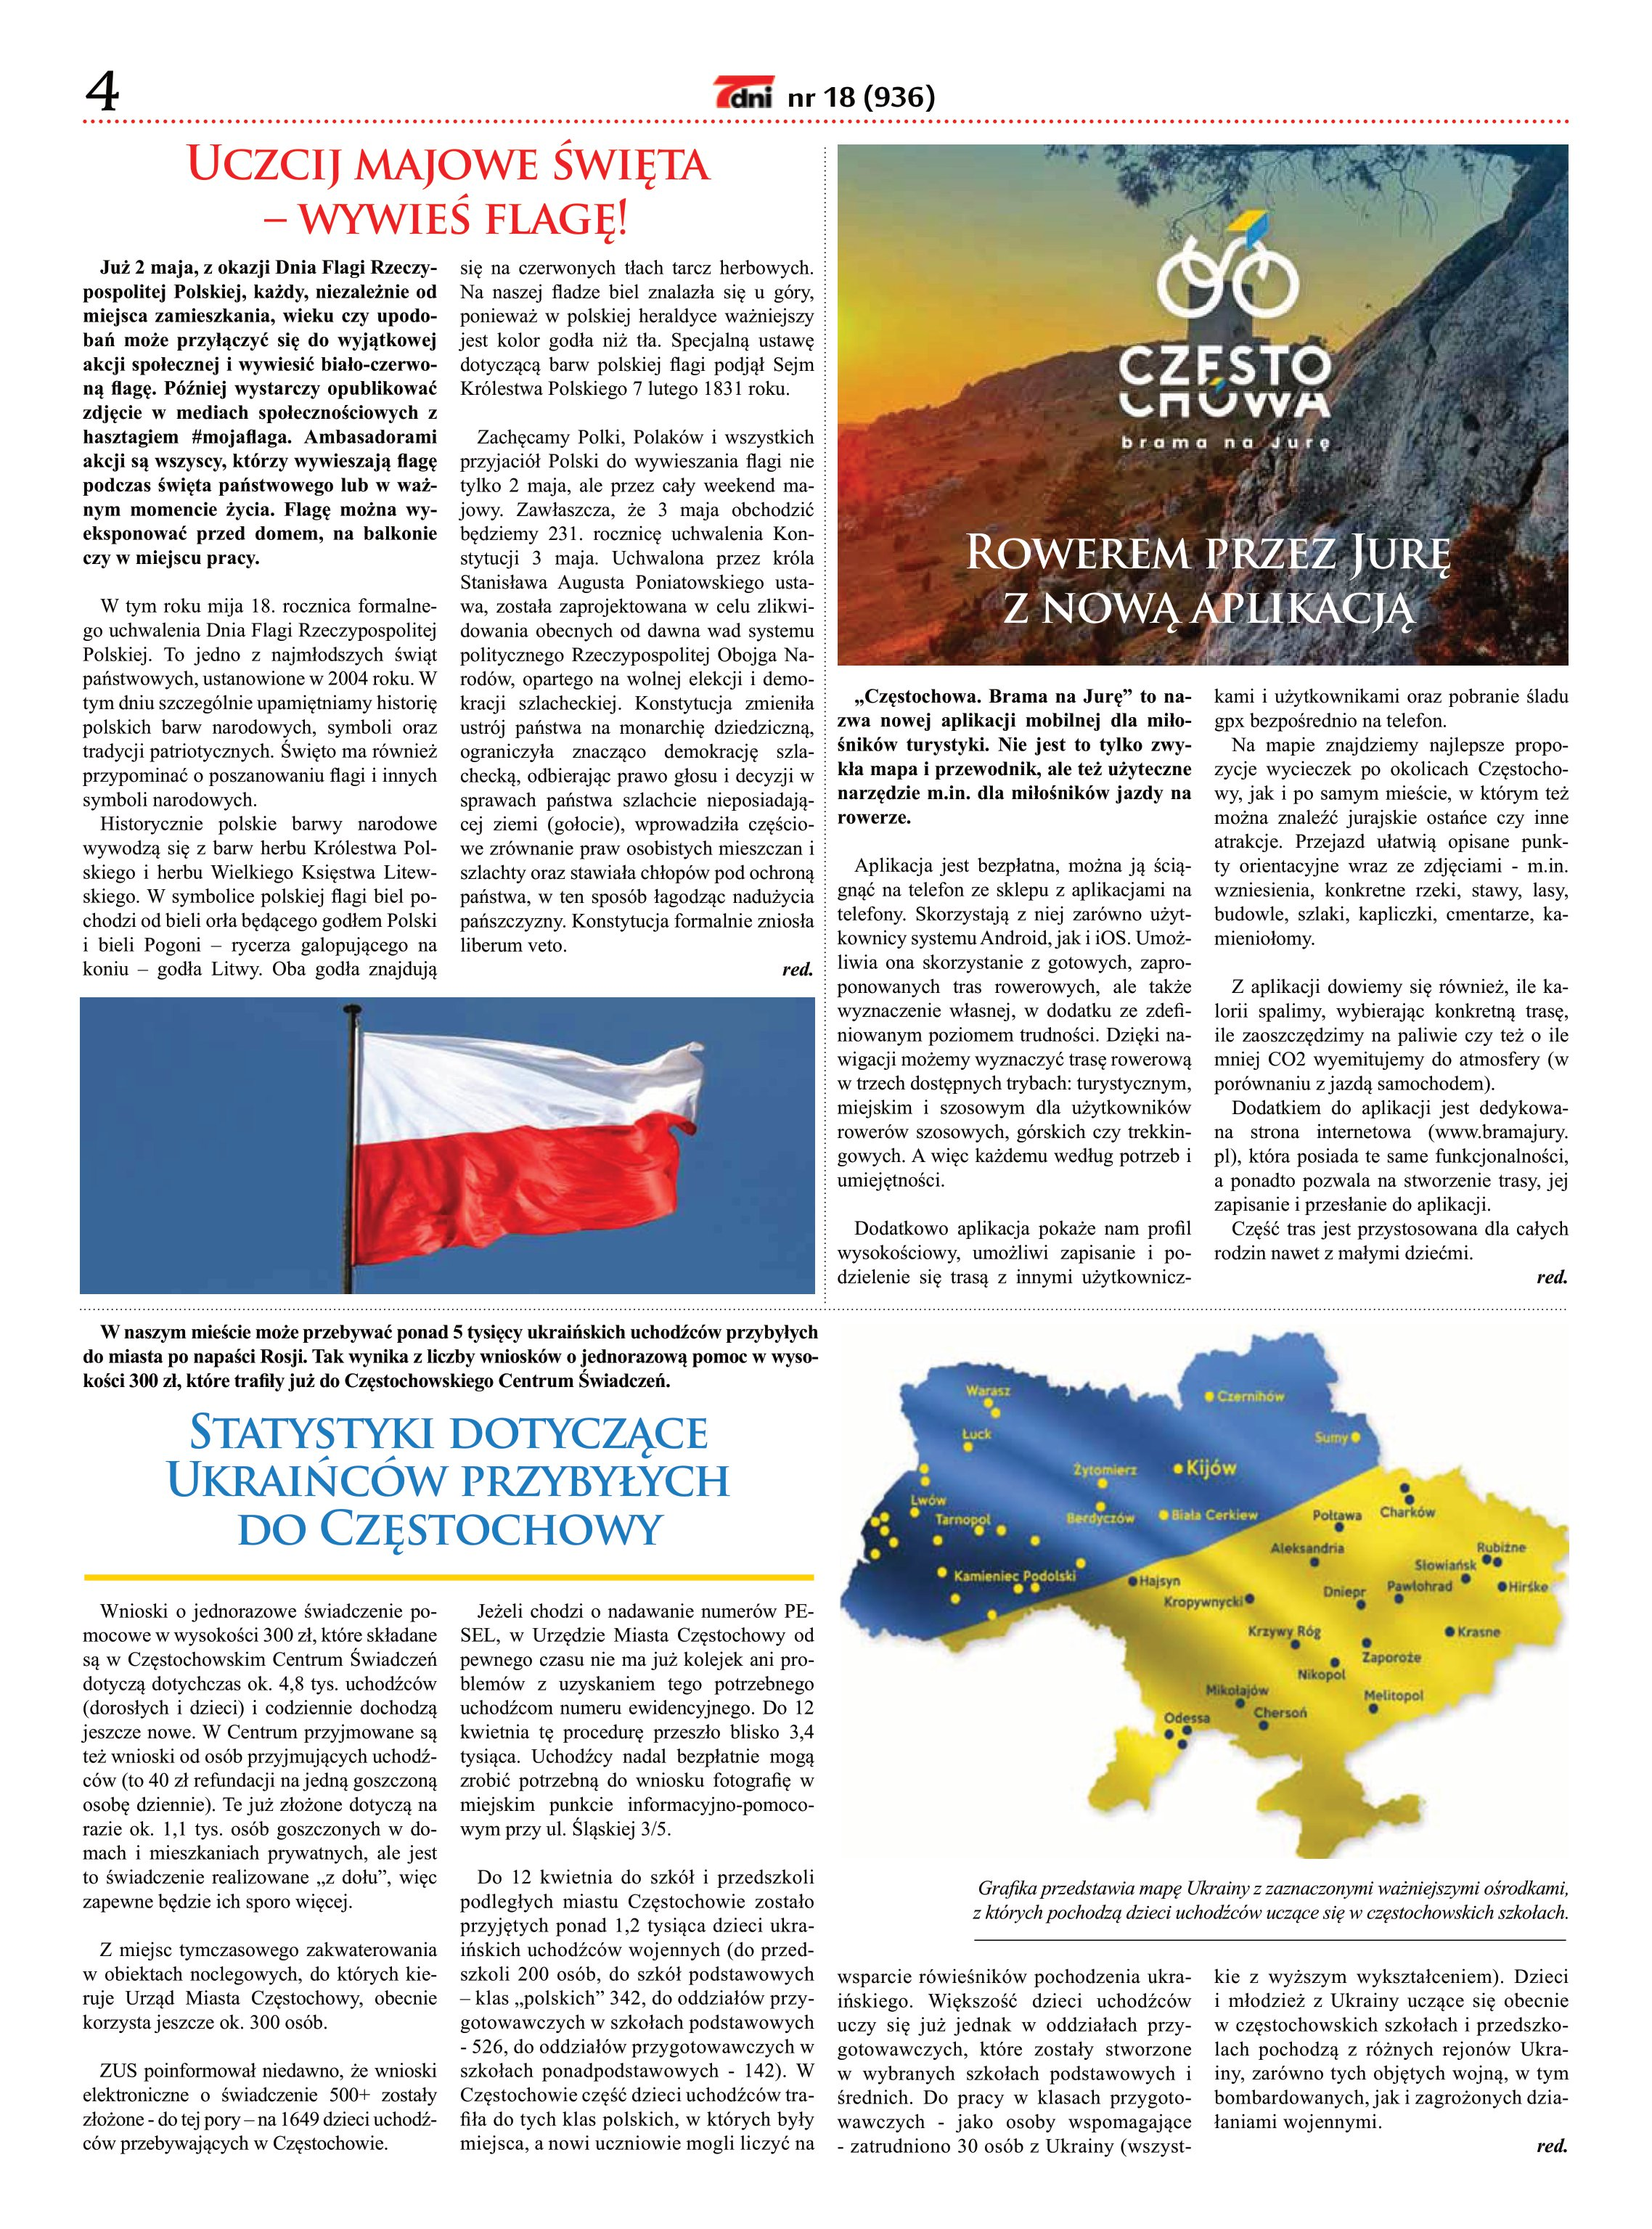
Language: pl